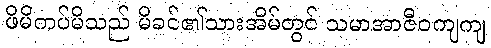
ဖိမိကပ်မိသည် မိခင်၏သားအိမ်တွင် သမာအာဇီဝကျကျ